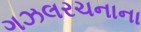
ગઝલરચનાના